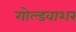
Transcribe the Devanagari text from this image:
गोल्डवाशर